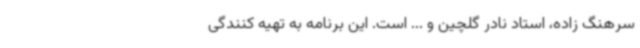
سرهنگ زاده، استاد نادر گلچین و ... است. این برنامه به تهیه کنندگی